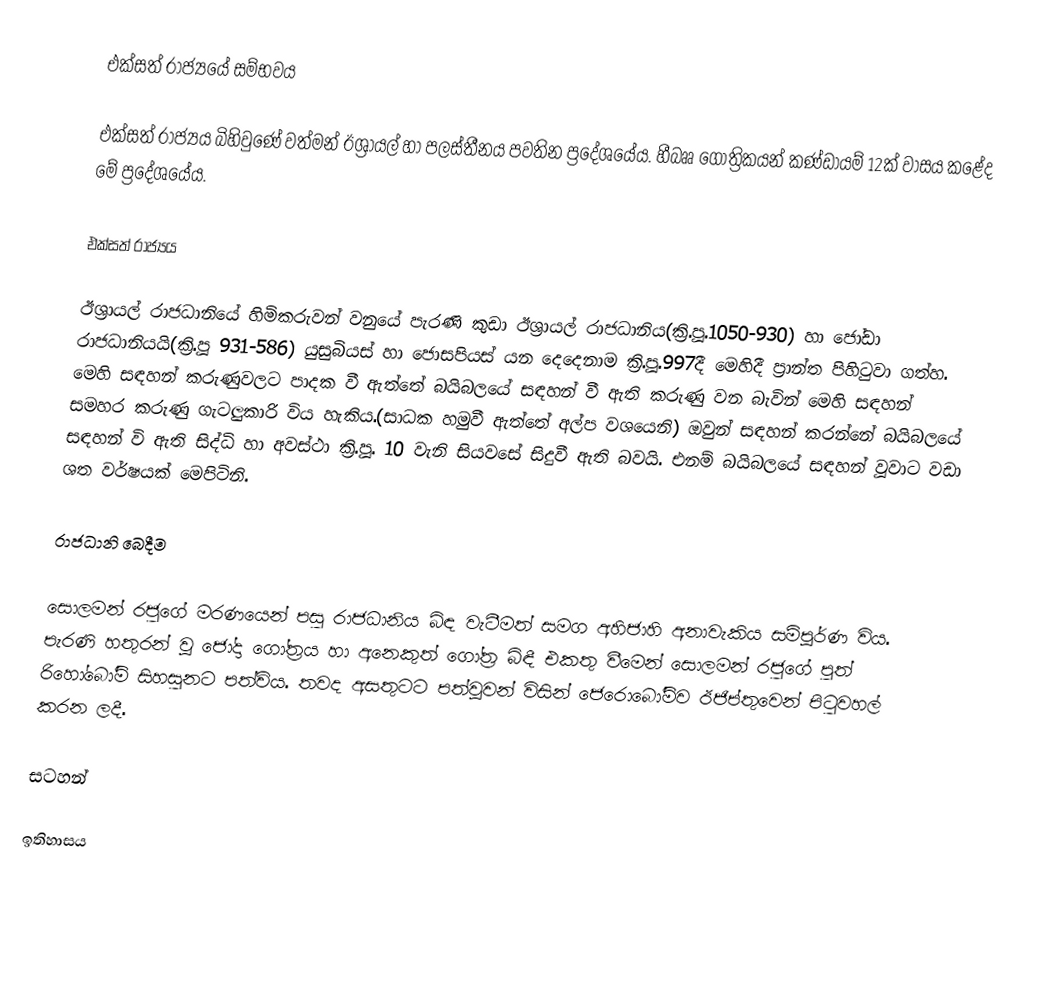
එක්සත් රාජ්‍යයේ සම්භවය

එක්සත් රාජ්‍යය බිහිවුණේ වත්මන් ඊශ්‍රායල් හා පලස්තීනය පවතින ප්‍රදේශයේය. හීබෲ ගෝත්‍රිකයන් කණ්ඩායම් 12ක් වාසය කළේද මේ ප්‍රදේශයේය.

එක්සත් රාජ්‍යය

ඊශ්‍රායල් රාජධානියේ හිමිකරුවන් වනුයේ පැරණි කුඩා ඊශ්‍රායල් රාජධානිය(ක්‍රි.පූ.1050-930) හා ජෝඩා රාජධානියයි(ක්‍රි.පූ 931-586) යුසුබියස් හා ජොසපියස් යන දෙදෙනාම ක්‍රි.පූ.997දී මෙහිදී ප්‍රාන්ත පිහිටුවා ගත්හ. මෙහි සඳහන් කරුණුවලට පාදක වී ඇත්තේ බයිබලයේ සඳහන් වී ඇති කරුණු වන බැවින් මෙහි සඳහන් සමහර කරුණු  ගැටලුකාරි  විය හැකිය.(සාධක හමුවී ඇත්තේ අල්ප වශයෙනි) ඔවුන් සඳහන් කරන්නේ බයිබලයේ සඳහන් වි ඇති සිද්ධි හා අවස්ථා ක්‍රි.පූ. 10 වැනි සියවසේ සිදුවී ඇති බවයි. එනම් බයිබලයේ සඳහන් වූවාට වඩා ශත වර්ෂයක් මෙපිටිනි.

රාජධානි බෙදීම

සොලමන් රජුගේ මරණයෙන් පසු රාජධානිය බිඳ වැටීමත් සමග අහිජාහි අනාවැකිය සම්පූර්ණ විය. පැරණි හතුරන් වූ ජෝදා ගෝත්‍රය හා අනෙකුත් ගෝත්‍ර බිඳී එකතු වීමෙන් සොලමන් රජුගේ පුත් රිහෝබෝම් සිහසුනට පත්විය. තවද අසතුටට පත්වූවන් විසින් ජෙරොබෝම්ව ඊජිප්තුවෙන් පිටුවහල් කරන ලදී.

සටහන්

ඉතිහාසය